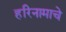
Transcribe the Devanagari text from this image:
हरिनामाचे